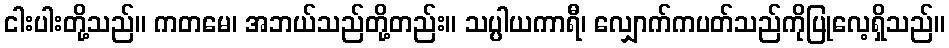
ငါးပါးတို့သည်။ ကတမေ၊ အဘယ်သည်တို့တည်း။ သပ္ပါယကာရီ၊ လျှောက်ကပတ်သည်ကိုပြုလေ့ရှိသည်။